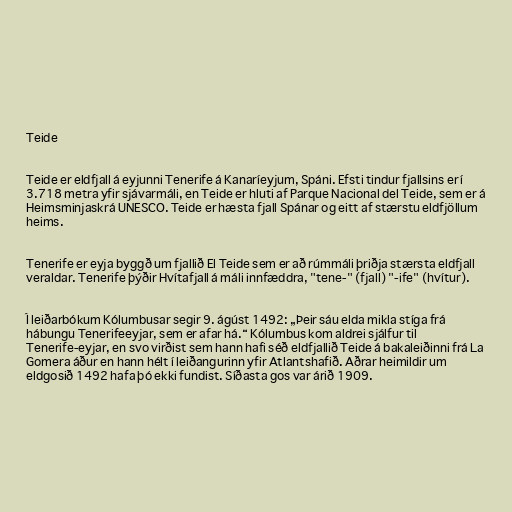
Teide

Teide er eldfjall á eyjunni Tenerife á Kanaríeyjum, Spáni. Efsti tindur fjallsins er í
3.718 metra yfir sjávarmáli, en Teide er hluti af Parque Nacional del Teide, sem er á
Heimsminjaskrá UNESCO. Teide er hæsta fjall Spánar og eitt af stærstu eldfjöllum
heims.

Tenerife er eyja byggð um fjallið El Teide sem er að rúmmáli þriðja stærsta eldfjall
veraldar. Tenerife þýðir Hvítafjall á máli innfæddra, "tene-" (fjall) "-ife" (hvítur).

Í leiðarbókum Kólumbusar segir 9. ágúst 1492: „Þeir sáu elda mikla stíga frá
hábungu Tenerifeeyjar, sem er afar há.“ Kólumbus kom aldrei sjálfur til
Tenerife-eyjar, en svo virðist sem hann hafi séð eldfjallið Teide á bakaleiðinni frá La
Gomera áður en hann hélt í leiðangurinn yfir Atlantshafið. Aðrar heimildir um
eldgosið 1492 hafa þó ekki fundist. Síðasta gos var árið 1909.